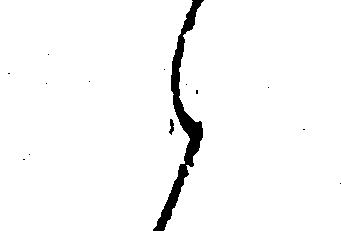
え